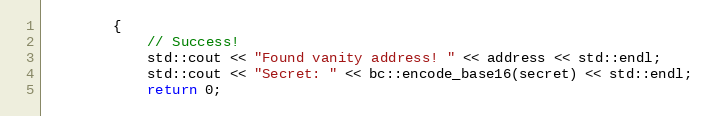
Language: C++
        {
            // Success!
            std::cout << "Found vanity address! " << address << std::endl;
            std::cout << "Secret: " << bc::encode_base16(secret) << std::endl;
            return 0;